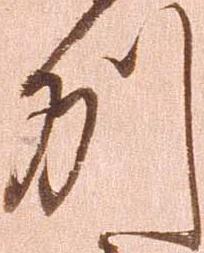
州